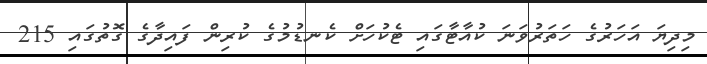
މިދިޔަ އަހަރުގެ ހަތަރުވަނަ ކުއާޓާގައި ޓެކުހަށް ކެނޑުމުގެ ކުރިން ފައިދާގެ ގޮތުގައި 215